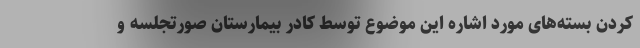
کردن بسته‌های مورد اشاره این موضوع توسط کادر بیمارستان صورتجلسه و